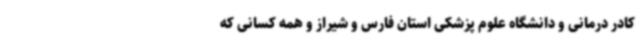
کادر درمانی و دانشگاه علوم پزشکی استان فارس و شیراز و همه کسانی که